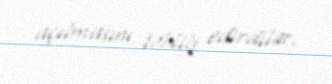
açılmasını təbliğ edirdilər.